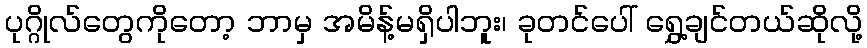
ပုဂ္ဂိုလ်တွေကိုတော့ ဘာမှ အမိန့်မရှိပါဘူး၊ ခုတင်ပေါ် ရွှေ့ချင်တယ်ဆိုလို့